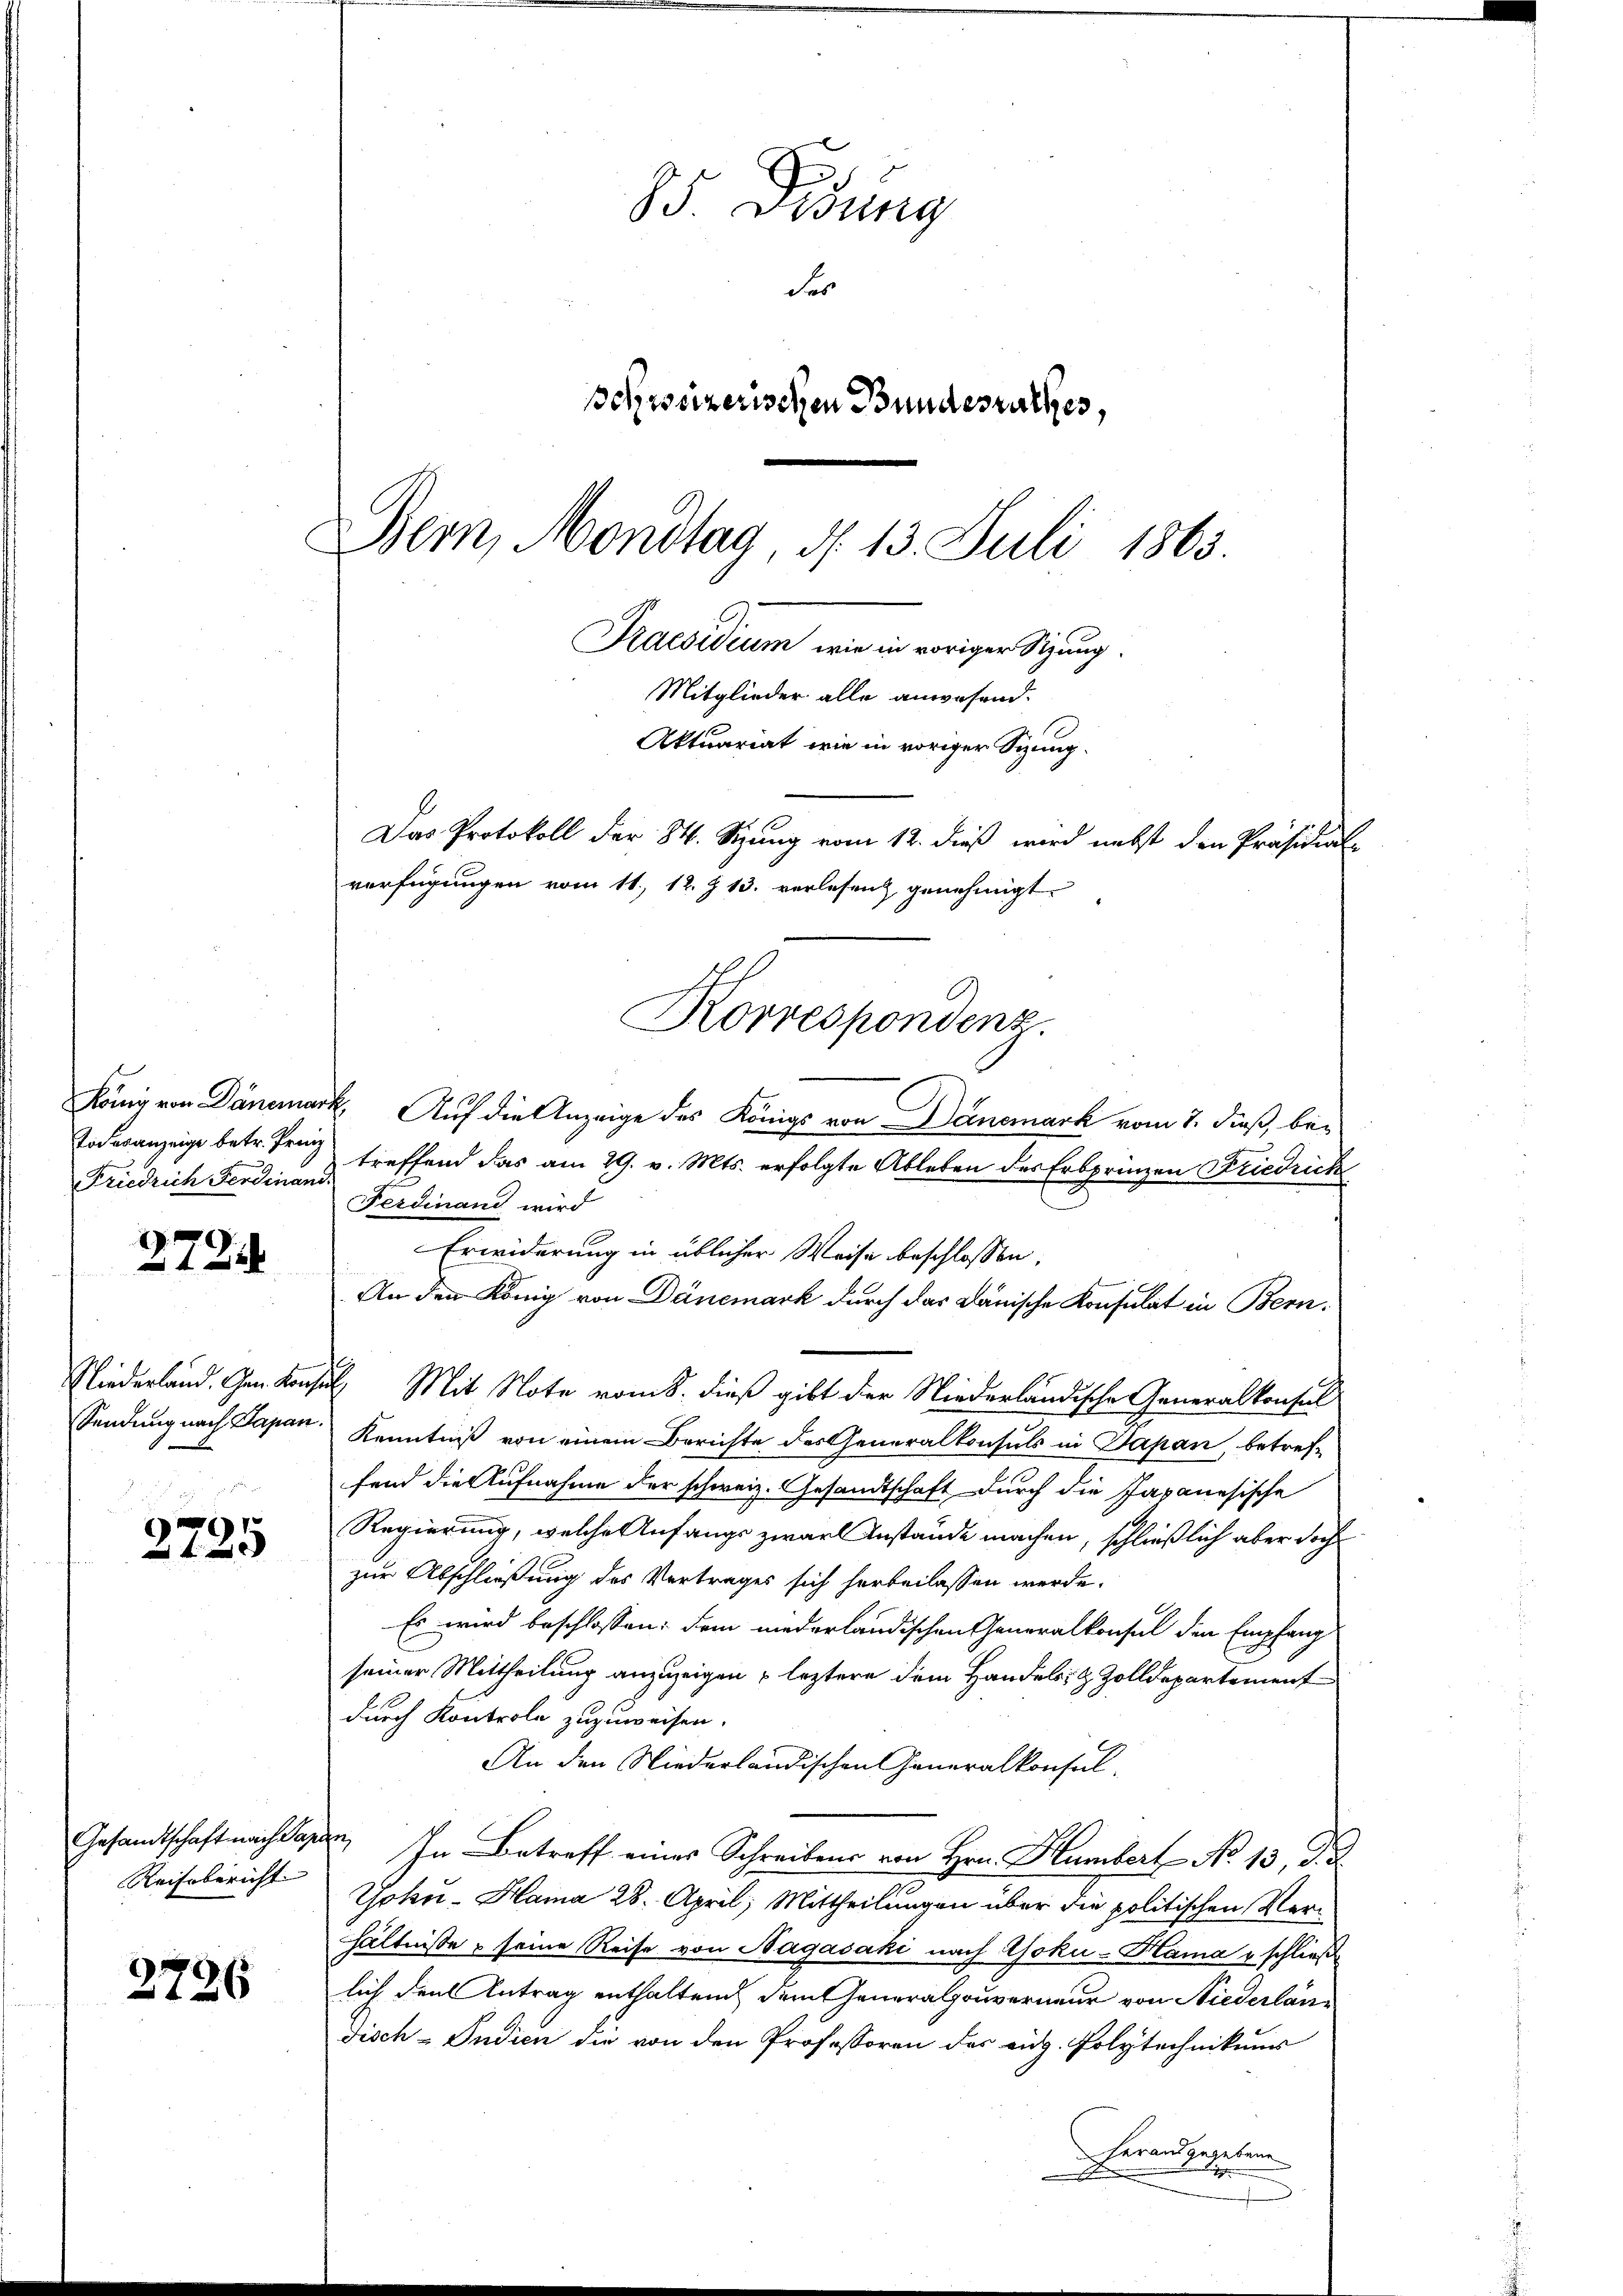
272

2725

2726

Friedrich Ferdinand

Reisbericht. |

85 Didung
Fes
schweizerischen Bundesrathes,
Bem, Mondtag, d. 13. Juli 1863.
Praesidium, wie in voriger Sitzung.
Mitglieder alle anwesend.
Aktuariat wie in voriger Sitzung¬
Das Protokoll der 84. Sizung vom 12. dieß wird nebst den Präsidial-
verfügungen vom 11. 12. Z. 13. verlesrich genehmigt.
Rorrespondenz.

e

König von Dänemark, Auf die Anzeige des Königs von Deinemark vom 7. dieß, be-
Todesanzeige betr. Franz treffend das am 29. v. Mts. erfolgte Ableben der Erbprinzen Friedrich
Ferdinand wird
Erwiderung in üblicher Weise beschlossen,
An den König von Dünemark durch das Dänische Konsulat in Bern,
Niederland. Gen. Konsul Mit Note vom 8. dieß gibt der Niederländische Generalkonsul
Sendung nach Papan Kenntniß von einem Berichte des Generalkonsuls in Japan, betreffend die Aufnahme der schweiz. Gesandtschaft durch die Japanesische
Regierung, welche Anfangs zwarl Anstände machen, schließlich aber doch
zur Abschließung des Vertrages sich herbeilassen werde.
Es wird beschlossen: dem niederländischen Generalkonsul den Empfang
seiner Mittheilung anzuzeigen leztere dem Handels- & Zolldepartement
durch Kontrole zuzuweisen.
An den Niederländischen Generalkonsul-
Gesandtschaft nachlagen. In Betreff eines Schreibens von Hrn. Hambert No 13. d. J.
Yoku-Hama 28. April, Mittheilungen über die politischen Verhältnisse seine Reise von Hagasaki nach Goku-Hama u schließ
lich den Antrag enthaltend dem Generalgouverneur von Niederlandisch-Indien die von den Professoren des aug. Polytechnikums
Herand gegebene